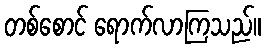
တစ်စောင် ရောက်လာကြသည်။